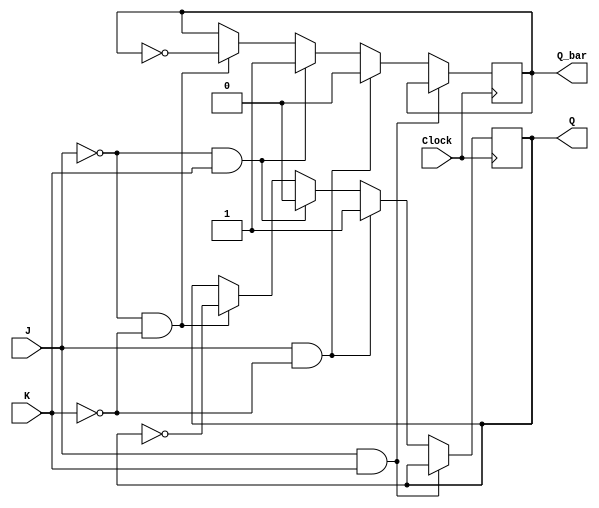
module jk_ff (
    input J, // Input J
    input K, // Input K
    input Clock, // Clock input
    output reg Q, // Output Q
    output reg Q_bar // Complement output Q'
);

always @ (posedge Clock) begin
    if (J && K) begin
        Q <= Q; // Hold the previous state
        Q_bar <= Q_bar; // Hold the previous state
    end else if (J && ~K) begin
        Q <= 1; // Set Q to 1
        Q_bar <= 0; // Set Q' to 0
    end else if (~J && K) begin
        Q <= 0; // Set Q to 0
        Q_bar <= 1; // Set Q' to 1
    end else if (~J && ~K) begin
        Q <= ~Q; // Toggle Q
        Q_bar <= ~Q_bar; // Toggle Q'
    end
end

endmodule